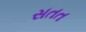
સતત